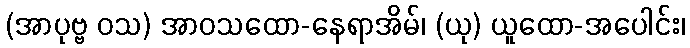
(အာပုဗ္ဗ ဝသ) အာဝသထော-နေရာအိမ်၊ (ယု) ယူထော-အပေါင်း၊